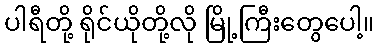
ပါရီတို့ ရိုင်ယိုတို့လို မြို့ကြီးတွေပေါ့။